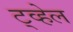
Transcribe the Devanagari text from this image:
ट्व्हेल